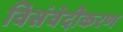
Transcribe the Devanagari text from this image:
विसंवेदीकरण